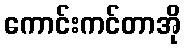
ကောင်းကင်တာအို